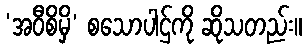
‘အဝီစိမှိ’ စသောပါဌ်ကို ဆိုသတည်း။